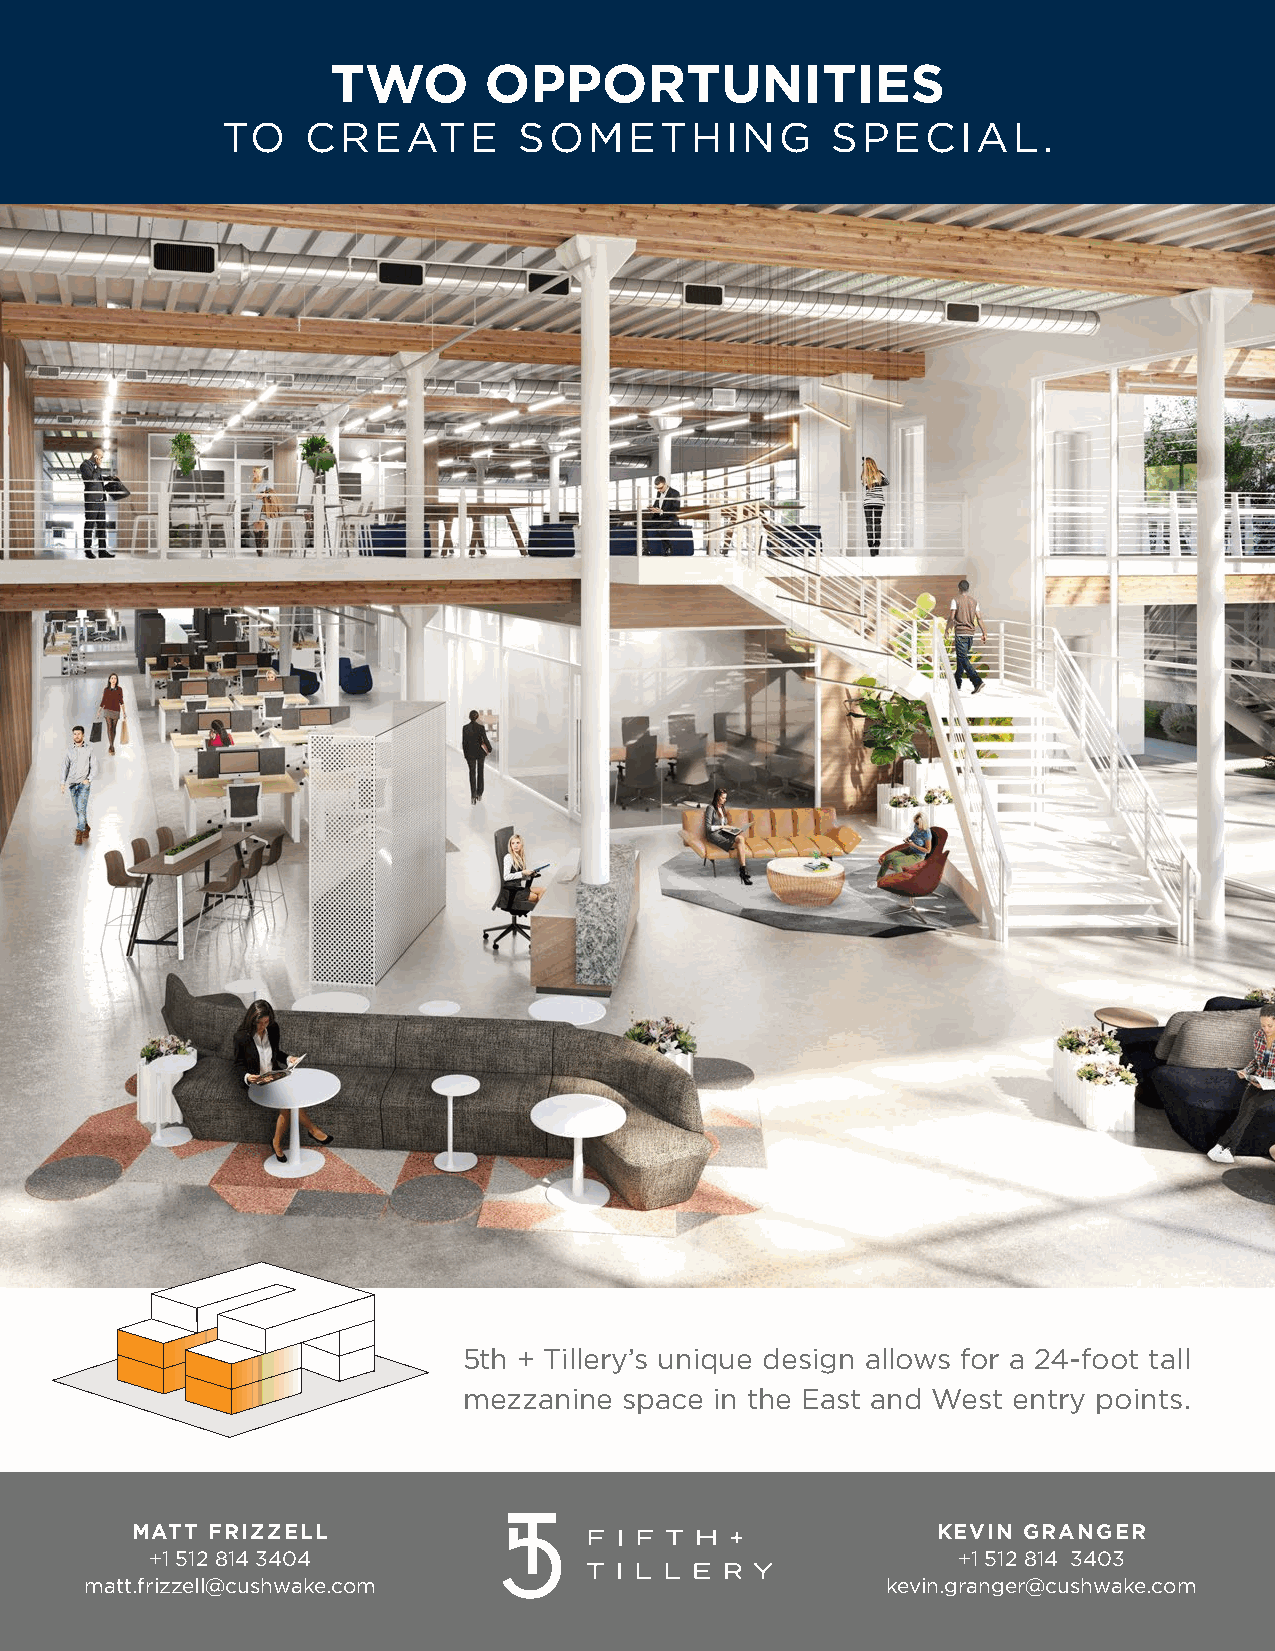
TWO       OPPORTUNITIES
 TO   CREATE        SOMETHING            SPECIAL.
 5th + Tillery’s unique design allows for a 24-foot tall
 mezzanine space in the East and West entry points.
 MATT FRIZZELL                                        KEVIN GRANGER
 +1 512 814 3404                                      +1 512 814 3403
 matt.frizzell@cushwake.com                           kevin.granger@cushwake.com